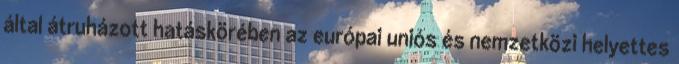
által átruházott hatáskörében az európai uniós és nemzetközi helyettes